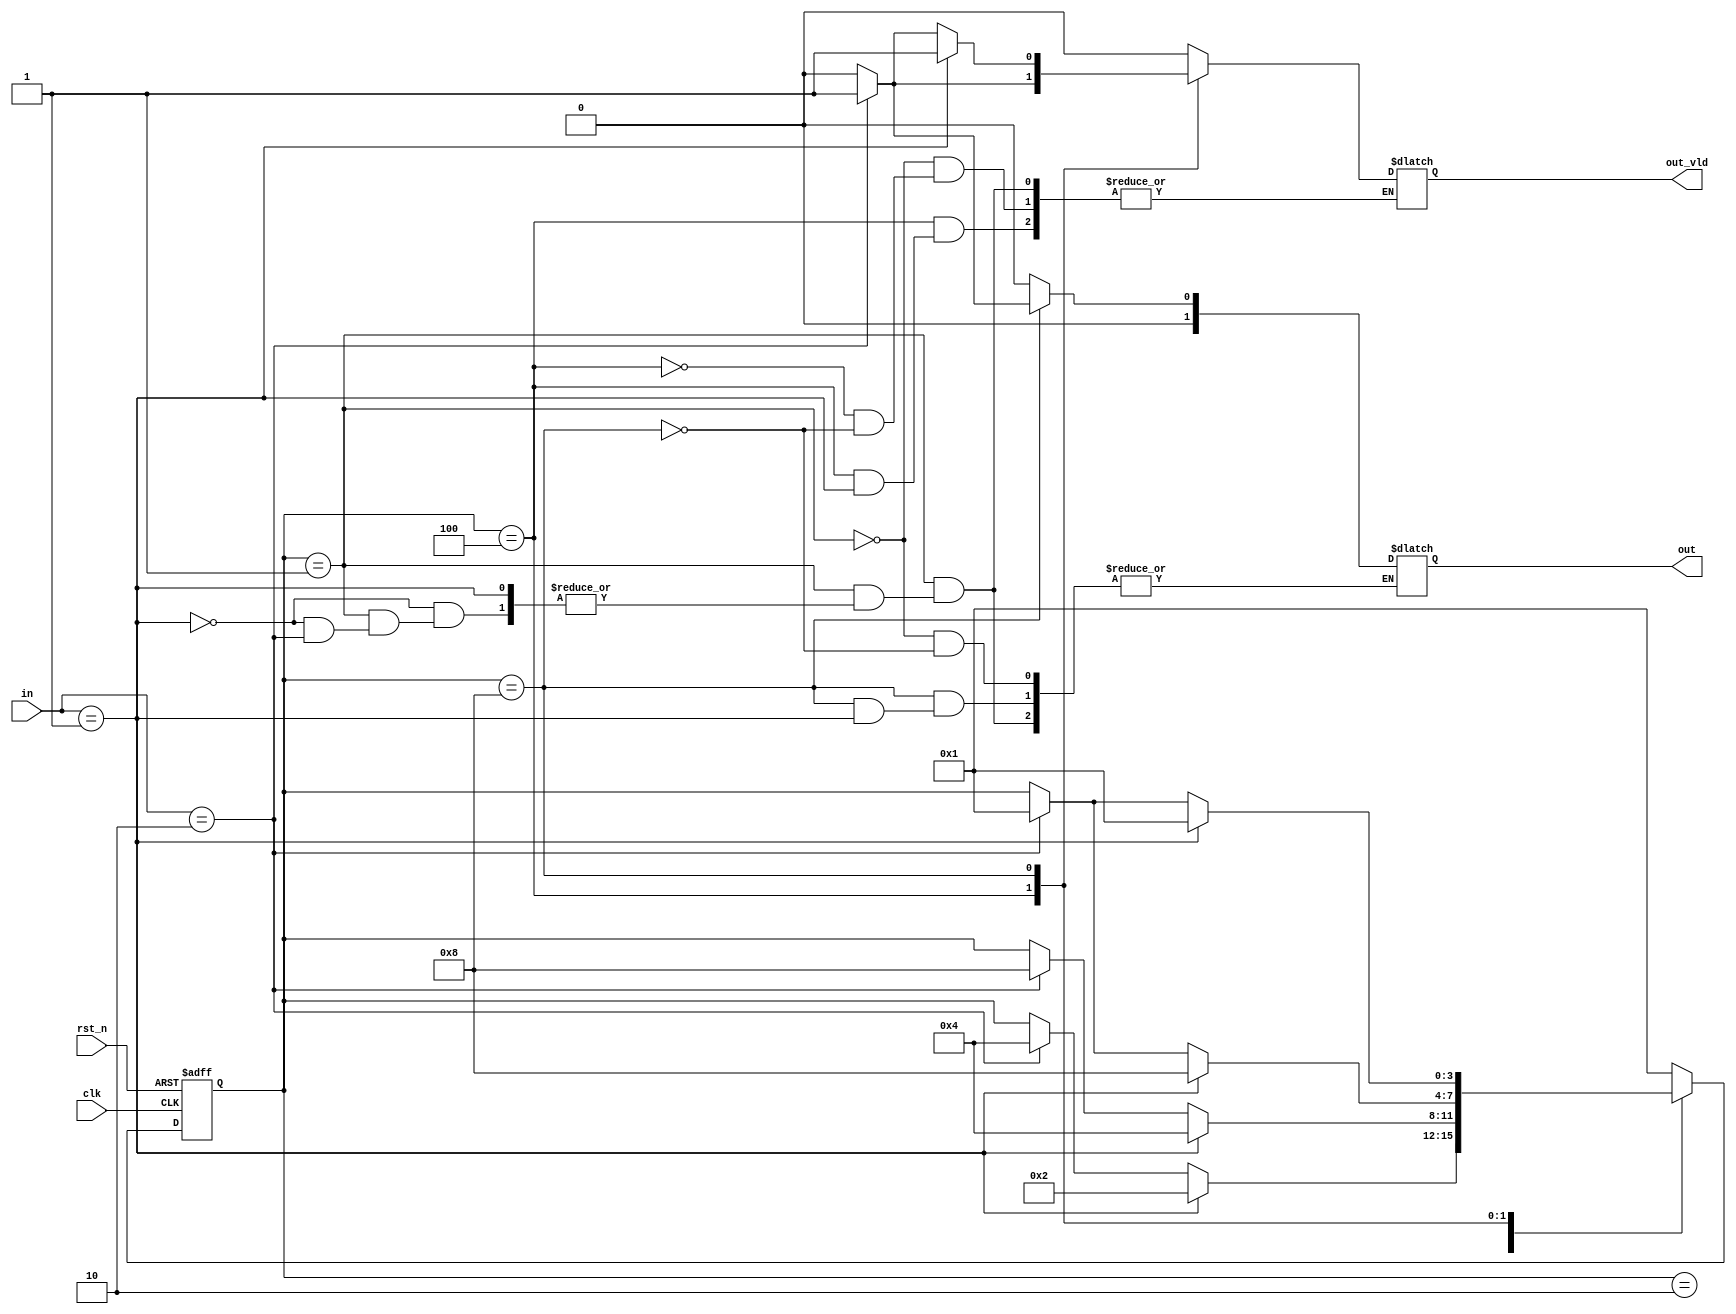
//======================================================================
// ---  : FSM_2
// ---  : xianyu_FPGA
// ---  : 2018-12-15
// ---  : 
//======================================================================

module FSM_3
//---------------------<>---------------------------------------
(
input                   clk                 ,
input                   rst_n               ,
input      [1:0]        in                  ,
output reg [1:0]        out                 ,
output reg              out_vld
);
//---------------------<>---------------------------------------
reg  [3:0]              state_c             ;
reg  [3:0]              state_n             ;
//---------------------<>-------------------------------------
localparam S0           = 4'b0001           ;
localparam S1           = 4'b0010           ;
localparam S2           = 4'b0100           ;
localparam S3           = 4'b1000           ;

//----------------------------------------------------------------------
//--   1
//----------------------------------------------------------------------
always@(posedge clk or negedge rst_n)begin
    if(!rst_n)
        state_c <= S0;
    else
        state_c <= state_n;
end

//----------------------------------------------------------------------
//--   2
//----------------------------------------------------------------------
always@(*)begin
    case(state_c)
        S0: begin
            if(in==1)begin
                state_n = S1;
            end
            else if(in==2)begin
                state_n = S2;
            end
            else begin
                state_n = state_c;
                out     = 0 ;
                out_vld = 0 ;
            end
        end
        S1: begin
            if(in==1)begin
                state_n = S2;
            end
            else if(in==2)begin
                state_n = S3;
            end
            else begin
                state_n = state_c;
            end
        end
        S2: begin
            if(in==1)begin
                state_n = S3;
            end
            else if(in==2)begin
                state_n = S0;
                out_vld = 1 ;
            end
            else begin
                state_n = state_c;
                out_vld = 0;
            end
        end
        S3: begin
            if(in==1)begin
                state_n = S0;
                out_vld = 1 ;
            end
            else if(in==2)begin
                state_n = S0;
                out     = 1 ;
                out_vld = 1 ;
            end
            else begin
                state_n = state_c;
                out     = 0;
                out_vld = 0;
            end
        end
        default:state_n = S0;
    endcase
end


endmodule